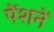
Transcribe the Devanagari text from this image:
पेंशनें